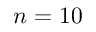
n = 1 0